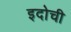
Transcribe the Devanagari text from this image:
इदोची